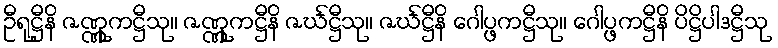
ဦရုဋ္ဌီနိ ဇဏ္ဏုကဋ္ဌီသု။ ဇဏ္ဏုကဋ္ဌီနိ ဇင်္ဃဋ္ဌီသု။ ဇင်္ဃဋ္ဌီနိ ဂေါပ္ဖကဋ္ဌီသု။ ဂေါပ္ဖကဋ္ဌီနိ ပိဋ္ဌိပါဒဋ္ဌီသု